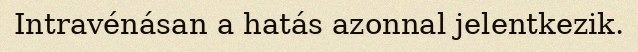
Intravénásan a hatás azonnal jelentkezik.